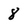
Character: 8